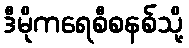
ဒီမိုကရေစီစနစ်သို့